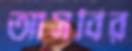
আসবির